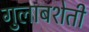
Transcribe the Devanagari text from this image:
गुलाबशेती